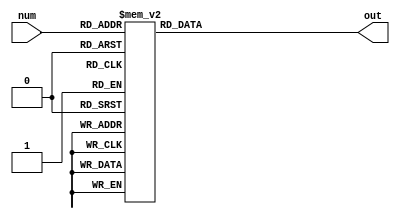
module character_display (
	input [3:0] num,
	output [7:0] out);
	
	
	// out
	function [7:0] out_decider;
		input [3:0] a;
		begin
			case (a)
				0: out_decider = 8'b0111_1110 ;
				1: out_decider = 8'b0011_0000 ;
				2: out_decider = 8'b0110_1101 ;
				3: out_decider = 8'b0111_1001 ;
				
				4: out_decider = 8'b0011_0011 ;
				5: out_decider = 8'b0101_1011 ;
				6: out_decider = 8'b0101_1111 ;
				7: out_decider = 8'b0111_0010 ;
				
				8: out_decider = 8'b0111_1111 ;
				9: out_decider = 8'b0111_1011 ;
				10: out_decider = 8'b0111_0111 ;
				11: out_decider = 8'b0001_1111 ;
				
				12: out_decider = 8'b0100_1110 ;
				13: out_decider = 8'b0011_1101 ;
				14: out_decider = 8'b0100_1111 ;
				15: out_decider = 8'b0100_0111 ;
				
				default : out_decider = 8'b1000_0000 ;
			endcase
		end
	endfunction
	
	
	// out_decider
	assign out = out_decider(num);
	


endmodule